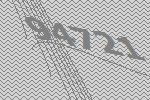
94721